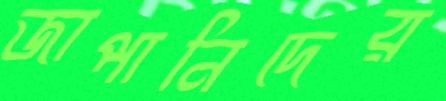
জাপানিদের